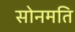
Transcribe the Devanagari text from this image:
सोनमति